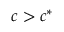
c > c ^ { * }